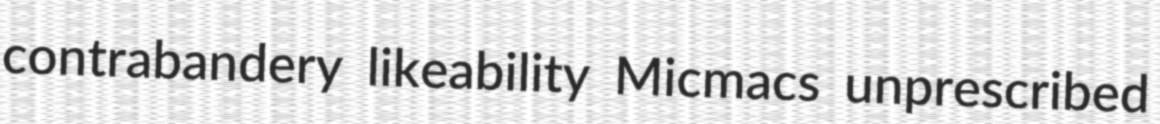
contrabandery likeability Micmacs unprescribed